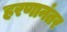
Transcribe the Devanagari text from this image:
हरणानंतर